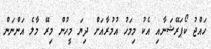
ހައްޖު ކޯޕަރޭޝަނާއި އެކު މިމަހު އުމުރާއަށް ދިޔަ މީހުން މިރޭ މާލެ އަންނަން